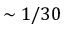
\sim 1 / 3 0